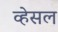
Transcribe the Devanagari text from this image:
व्हेसल